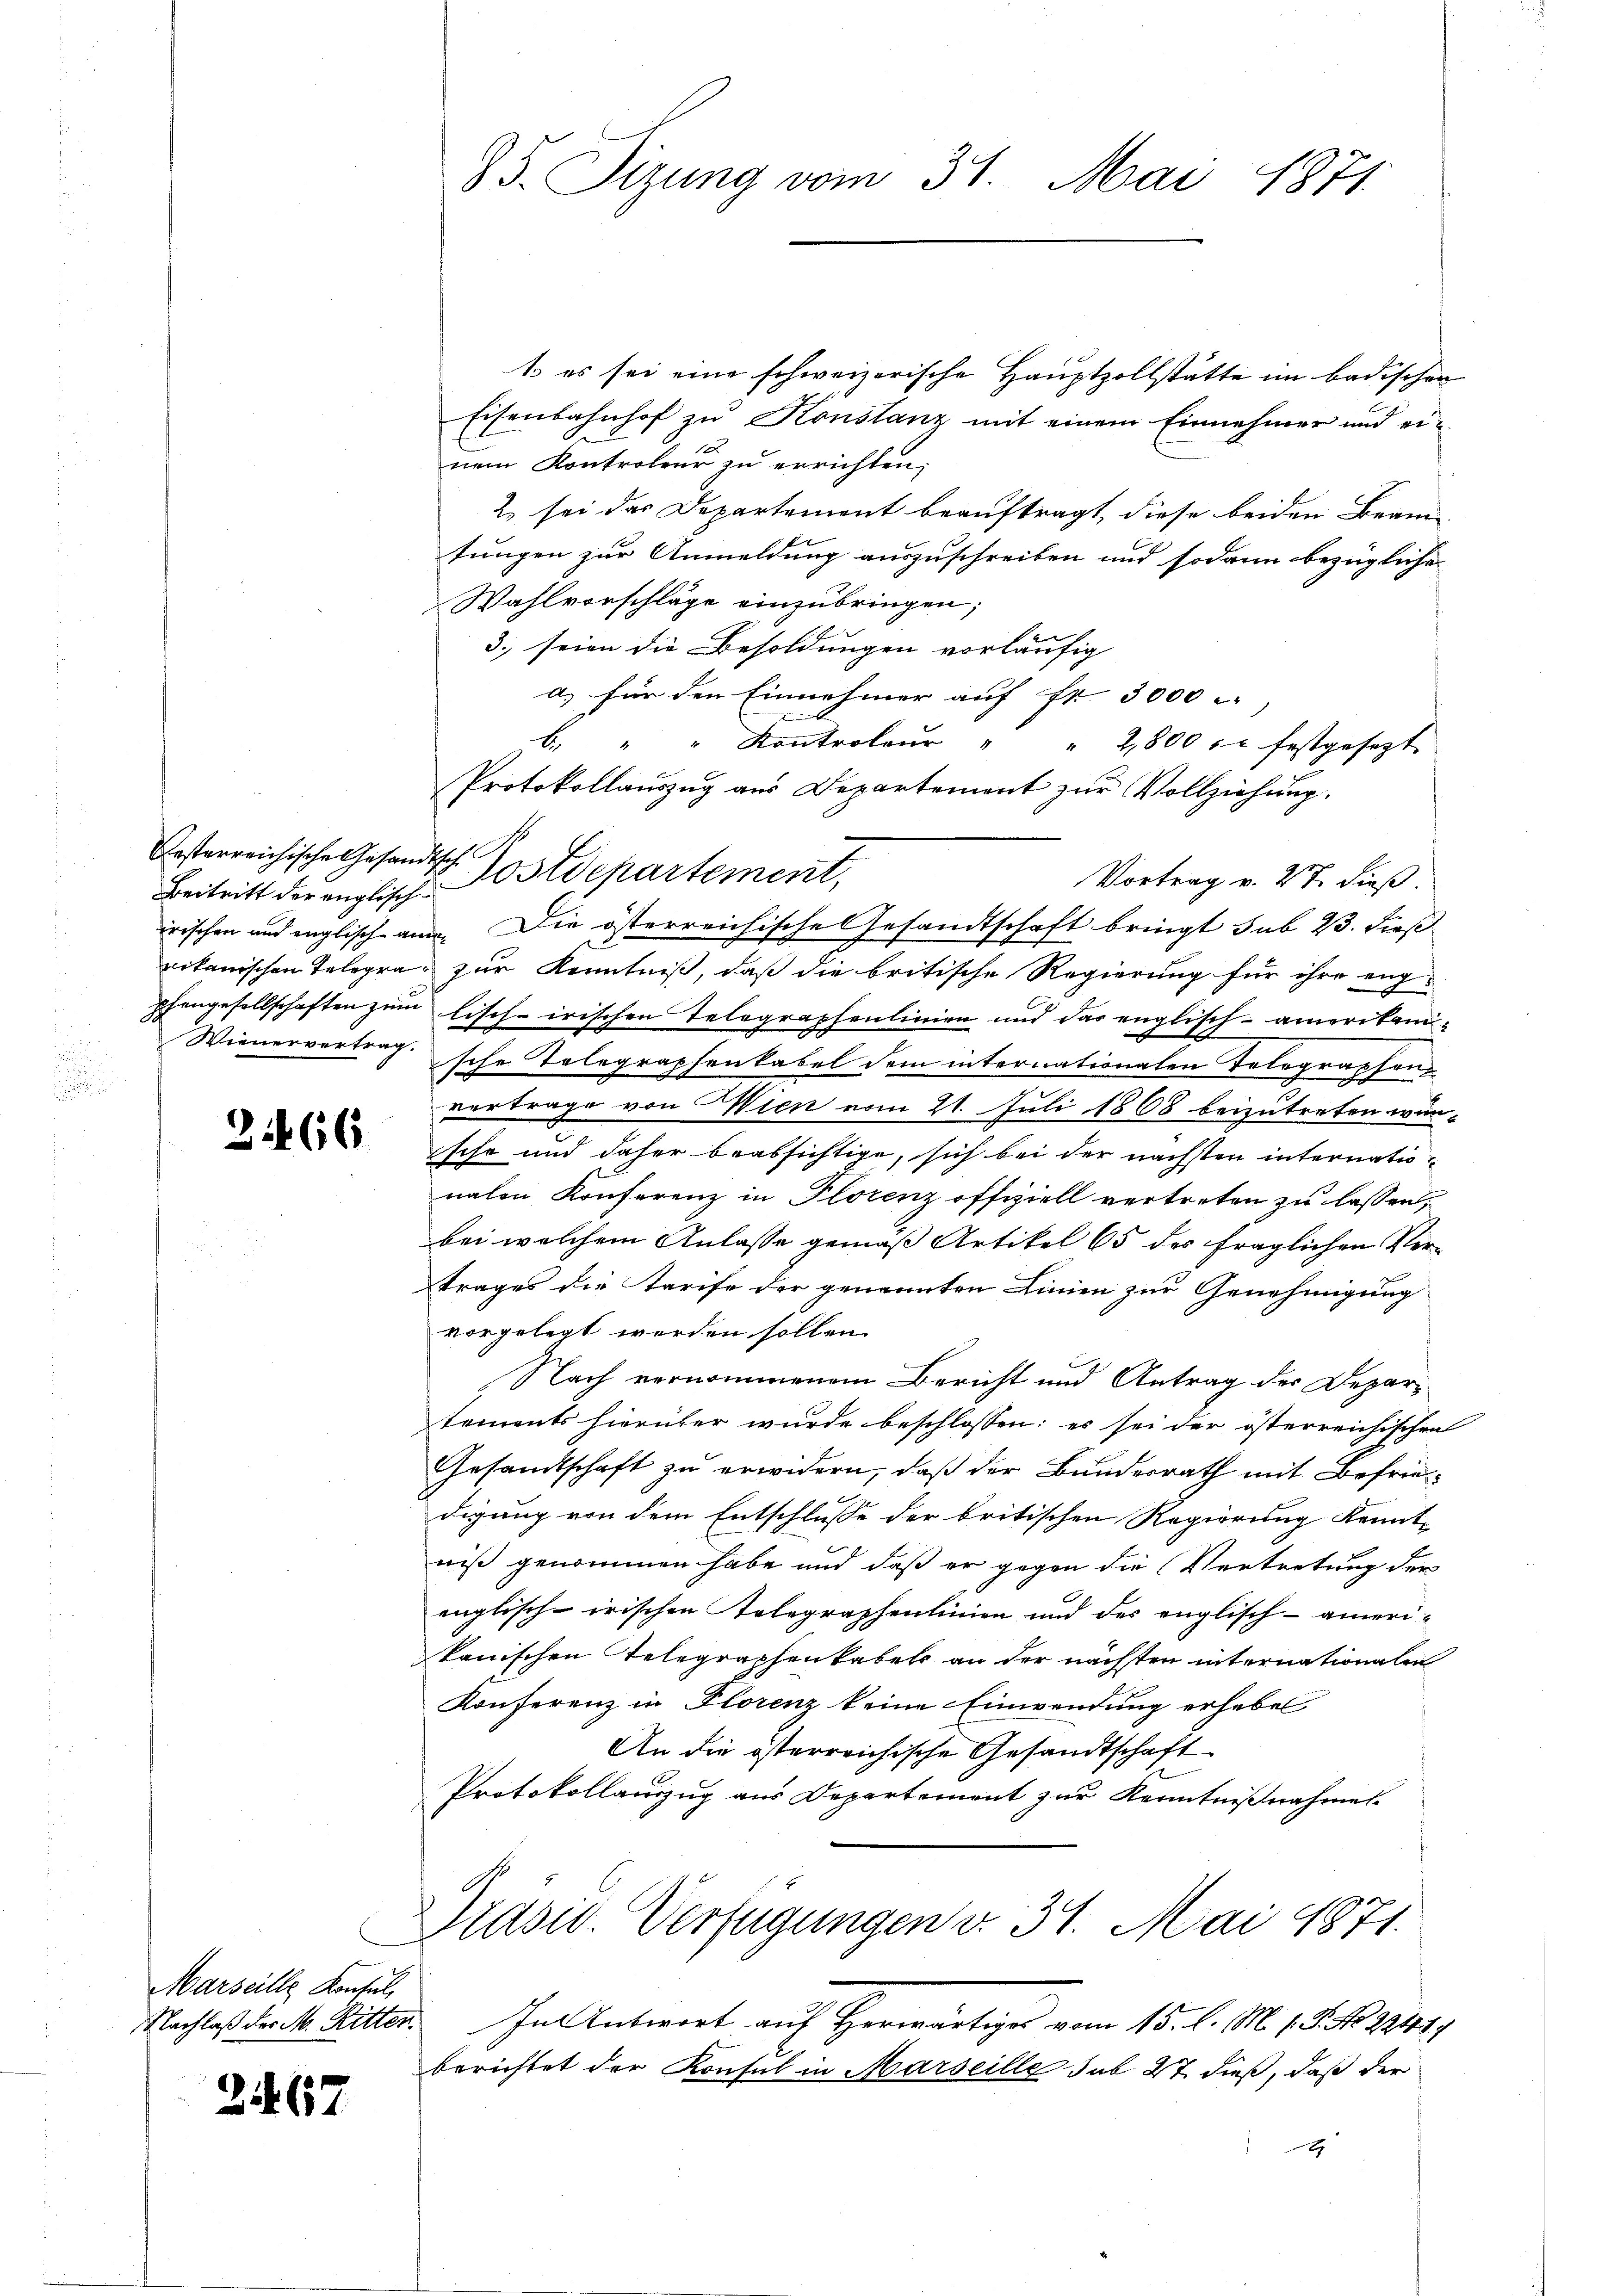
Casterreichische Gesandtsch
Wienenvertrag.

2466

Marseille Kontul,
Nachlaß der M. Ritter.

2167

85. Sizung vom 31. Mai 1871

6. " " Kontroleŭr " " 2,800 fl festgesezt
Protokollauszug aus Departement zur Vollziehung.
Beitritt der englische Postdepartement,

1 es sei eine schweizerische Hauptzollstätte im badischen
Eisenbahnhof zu Konstanz mit einem Einnehmer und einem Kontroleur zu errichten.
2 sei das Departement beauftragt, diese beiden Beam-
tungen zur Anmeldung auszuschreiben und sodann bezügliche
Wahlvorschläge einzubringen;
3., seien die Besoldungen vorläufig
a) für den Einnahmer auf fr. 3000 -
Vortrag v. 27. dieß.
irischen und englisch an. Die österreichische Gesandtschaft bringt sub 23. dieß
nikanischen Telegra zur Kenntniß, daß die britische Regierung für ihre eng-
phengesellschaften zum Tisch-irischen Telegraphenlinien und das englisch - amerikanf
sche Telegraphenkabel dem internationalen Telegraphen
vertrage von Wien vom 21. Juli 1868 beizutreten warische und daher beabsichtige, sich bei der nächsten internationalen Konferenz in Florenz offiziell vertreten zu lassen,
bei welchem Anlasse gemäß Artikel 65 des fraglichen Ver-
trages die Tarife der genannten Linien zur Genehmigung
vorgelegt werden sollen.
Nach vernommenem Bericht und Antrag der Departements hierüber wurde beschlossen: es sei der österreichischen
Gesandtschaft zu erwidern, daß der Bundesrath mit Befriedigung von dem Entschlusse der britischen Regierung Kennt-
niß genommen habe und daß er gegen die Vertretung der
englische irischen Telegraphenlinien und der englisch-amerikanischen Telegraphenkabels an der nächsten internationalen
Konferenz in Florenz keine Einwendung erheben
An die österreichische Gesandtschaft
Protokollauszug aus Departement zur Kenntnißnahmen
Präsid. Verfügungen v. 31. Mai 1871.
In Antwort auf Herwärtige vom 15. l. M. 18. No. 1814.
berichtet der Konsul in Marseille sub 27. dieß, daß der